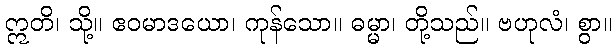
ဣတိ၊ သို့။ ဧဝမာဒယော၊ ကုန်သော။ ဓမ္မာ၊ တို့သည်။ ဗဟုလံ၊ စွာ။